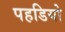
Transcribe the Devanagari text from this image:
पहडियो